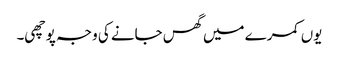
یوں کمرے میں گھس جانے کی وجہ پوچھی۔